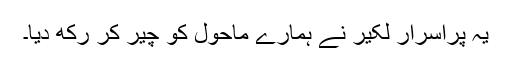
یہ پراسرار لکیر نے ہمارے ماحول کو چیر کر رکھ دیا۔